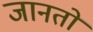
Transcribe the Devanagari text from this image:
जानतो